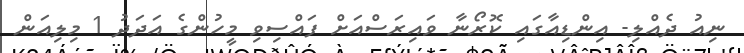
ނިއު ދެއްލި- އިންޑިއާގައި ކޮރޯނާ ވައިރަސްއަށް ފައްސިވި މީހުންގެ އަދަދު 1 މިލިއަން